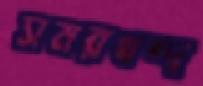
সমরখন্দ